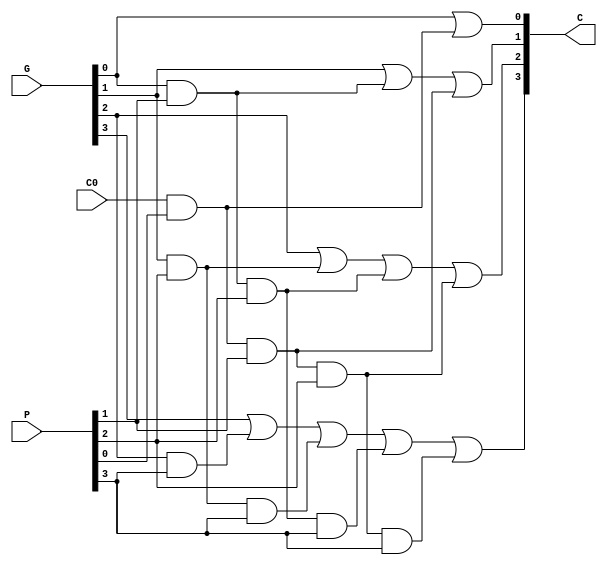
module Lab2_CLG_dataflow(
                         output [4:1] C,
						 input [3:0] P,
						 input [3:0] G,
						 input C0
						 );

assign C[1] = G[0] | (C0 & P[0]);
assign C[2] = G[1] | (G[0] & P[1]) | (C0 & P[0] & P[1]);
assign C[3] = G[2] | (G[1] & P[2]) | (G[0] & P[1] & P[2]) | (C0 & P[0] & P[1] & P[2]);
assign C[4] = G[3] | (G[2] & P[3]) | (G[1] & P[2] & P[3]) | (G[0] & P[1] & P[2] & P[3]) | (C0 & P[0] & P[1] & P[2] & P[3]);

endmodule